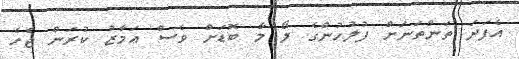
އެފަދަ ތަންތަނަށް ފުލުހުންގެ ލޯ މާ ބޮޑަށް ވެސް އަމާޒު ކުރަން ޖެހެ